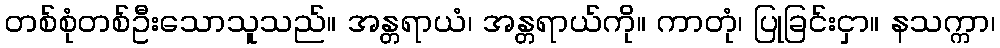
တစ်စုံတစ်ဦးသောသူသည်။ အန္တရာယံ၊ အန္တရာယ်ကို။ ကာတုံ၊ ပြုခြင်းငှာ။ နသက္ကာ၊